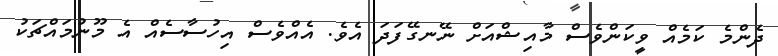
ދެންމެ ކަމެއް ވީކަންވެސް މާއިޝްއަށް ނޭނގޭފަދަ އެވެ. އެއްވެސް އިހުސާސެއް އެ މޫނުމައްޗަކު